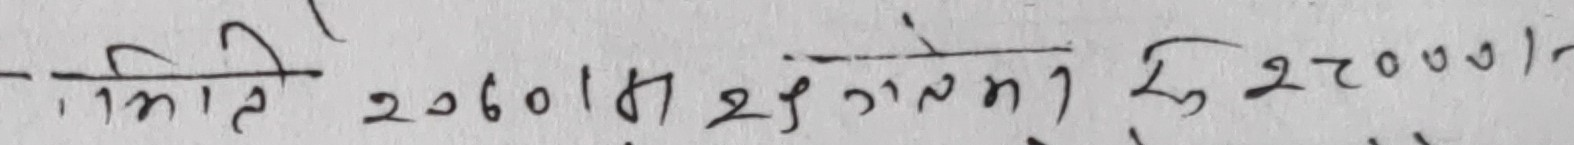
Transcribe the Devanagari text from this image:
मिति २०६०।४।२९ गते सम्म रु २७०००।-